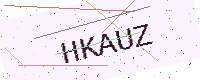
Text: HKAUZ